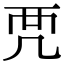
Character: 𧟣